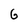
Character: G